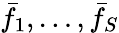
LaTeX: \bar{f}_{1},\ldots,\bar{f}_{S}